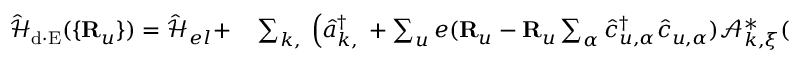
\begin{array} { r l } { \mathcal { \hat { H } } _ { \mathrm { d \cdot E } } ( \{ { \bf R } _ { u } \} ) = \mathcal { \hat { H } } _ { e l } + } & { { } \sum _ { { \boldsymbol k } , { \bf \xi } } \Big ( \hat { a } _ { { \boldsymbol k } , { \bf \xi } } ^ { \dagger } + \sum _ { u } e ( { \bf R } _ { u } - { \bf R } _ { u } \sum _ { \alpha } \hat { c } _ { u , \alpha } ^ { \dagger } \hat { c } _ { u , \alpha } ) \mathcal { A } _ { { \boldsymbol k } , { \boldsymbol \xi } } ^ { * } ( { \bf R } _ { u } ) - \sum _ { u , \alpha , \alpha ^ { \prime } } \mathcal { A } _ { { \boldsymbol k } , { \boldsymbol \xi } } ^ { * } ( { \bf R } _ { u } ) { \boldsymbol \mu } _ { \alpha , \alpha ^ { \prime } } \hat { c } _ { u , \alpha } ^ { \dagger } \hat { c } _ { u , \alpha ^ { \prime } } \Big ) } \end{array}